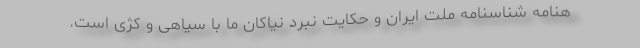
هنامه‌ شناسنامه ملت ایران و حکایت نبرد نیاکان ما با سیاهی و کژی است.